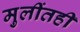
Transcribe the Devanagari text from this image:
मुलींतही